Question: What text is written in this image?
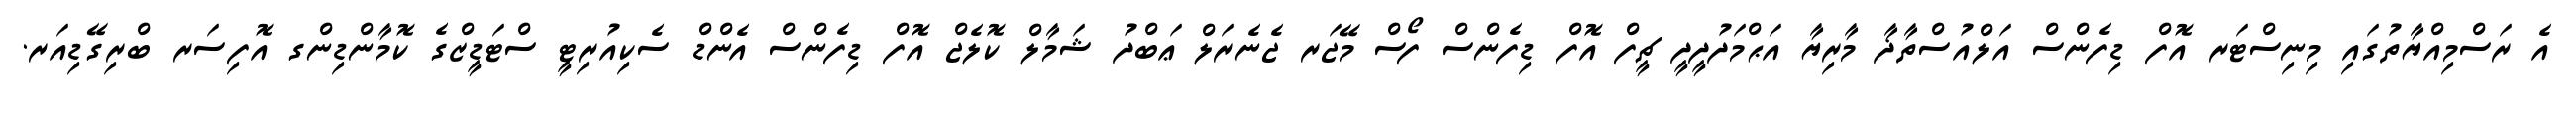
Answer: އެ ރަސްމިއްޔާތުގައި މިނިސްޓަރ އޮފް ޑިފެންސް އަލްއުސްތާޛާ މާރިޔާ އަޙްމަދުދީދީ ޗީފް އޮފް ޑިފެންސް ފޯސް މޭޖަރ ޖެނެރަލް ޢަބްދު ޝަމާލް ކޮލެޖް އޮފް ޑިފެންސް އެންޑް ސެކިއުރިޓީ ސްޓަޑީޒްގެ ކޮމާންޑިންގ އޮފިސަރ ބްރިގޭޑިއަރ.